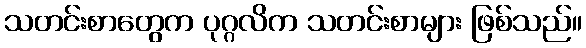
သတင်းစာတွေက ပုဂ္ဂလိက သတင်းစာများ ဖြစ်သည်။